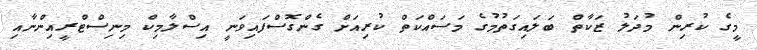
މީގެ ކުރިން މުދަލު ޒަކާތް ބަލައިގަތުމުގެ މަސައްކަތް ކުރިއަށް ގެންގޮސްފައިވަނީ އިސްލާމިކް މިނިސްޓްރީއިންނާއި